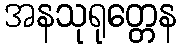
အနသုရုတ္တေန